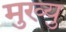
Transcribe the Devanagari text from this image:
मुख्यु